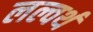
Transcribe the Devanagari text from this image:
लल्वर्थ